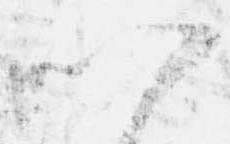
以